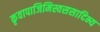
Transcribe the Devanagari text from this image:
कृवापाजिमिस्वससादिभ्य